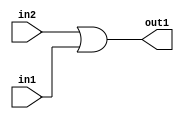
`timescale 1ps / 1ps
/*****************************************************************************
    Verilog RTL Description
    
    
    Created by: CellMath Designer 2019.1.01 
*******************************************************************************/

module avg_pool_Or_1Ux1U_1U_4_1 (
	in2,
	in1,
	out1
	); /* architecture "behavioural" */ 
input  in2,
	in1;
output  out1;
wire  asc001;

assign asc001 = 
	(in2)
	|(in1);

assign out1 = asc001;
endmodule

/* CADENCE  urf1SgA= : u9/ySgnWtBlWxVPRXgAZ4Og= ** DO NOT EDIT THIS LINE ******/